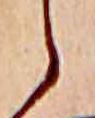
ら